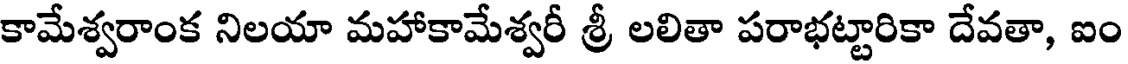
కామేశ్వరాంక నిలయా మహాకామేశ్వరీ శ్రీ లలితా పరాభట్టారికా దేవతా, ఐం